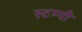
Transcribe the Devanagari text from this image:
स्टम्पी